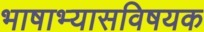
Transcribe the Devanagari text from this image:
भाषाभ्यासविषयक